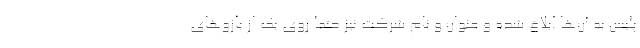
پلیس به آن‌ها ابلاغ شده و عنوان و نام شرکت نیز حتماً روی یک از بازوهای